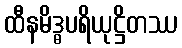
ထီနမိဒ္ဓပရိယုဋ္ဌိတဿ